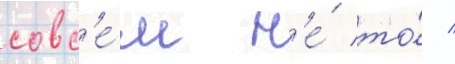
совс'е́м н'е́ то́ /